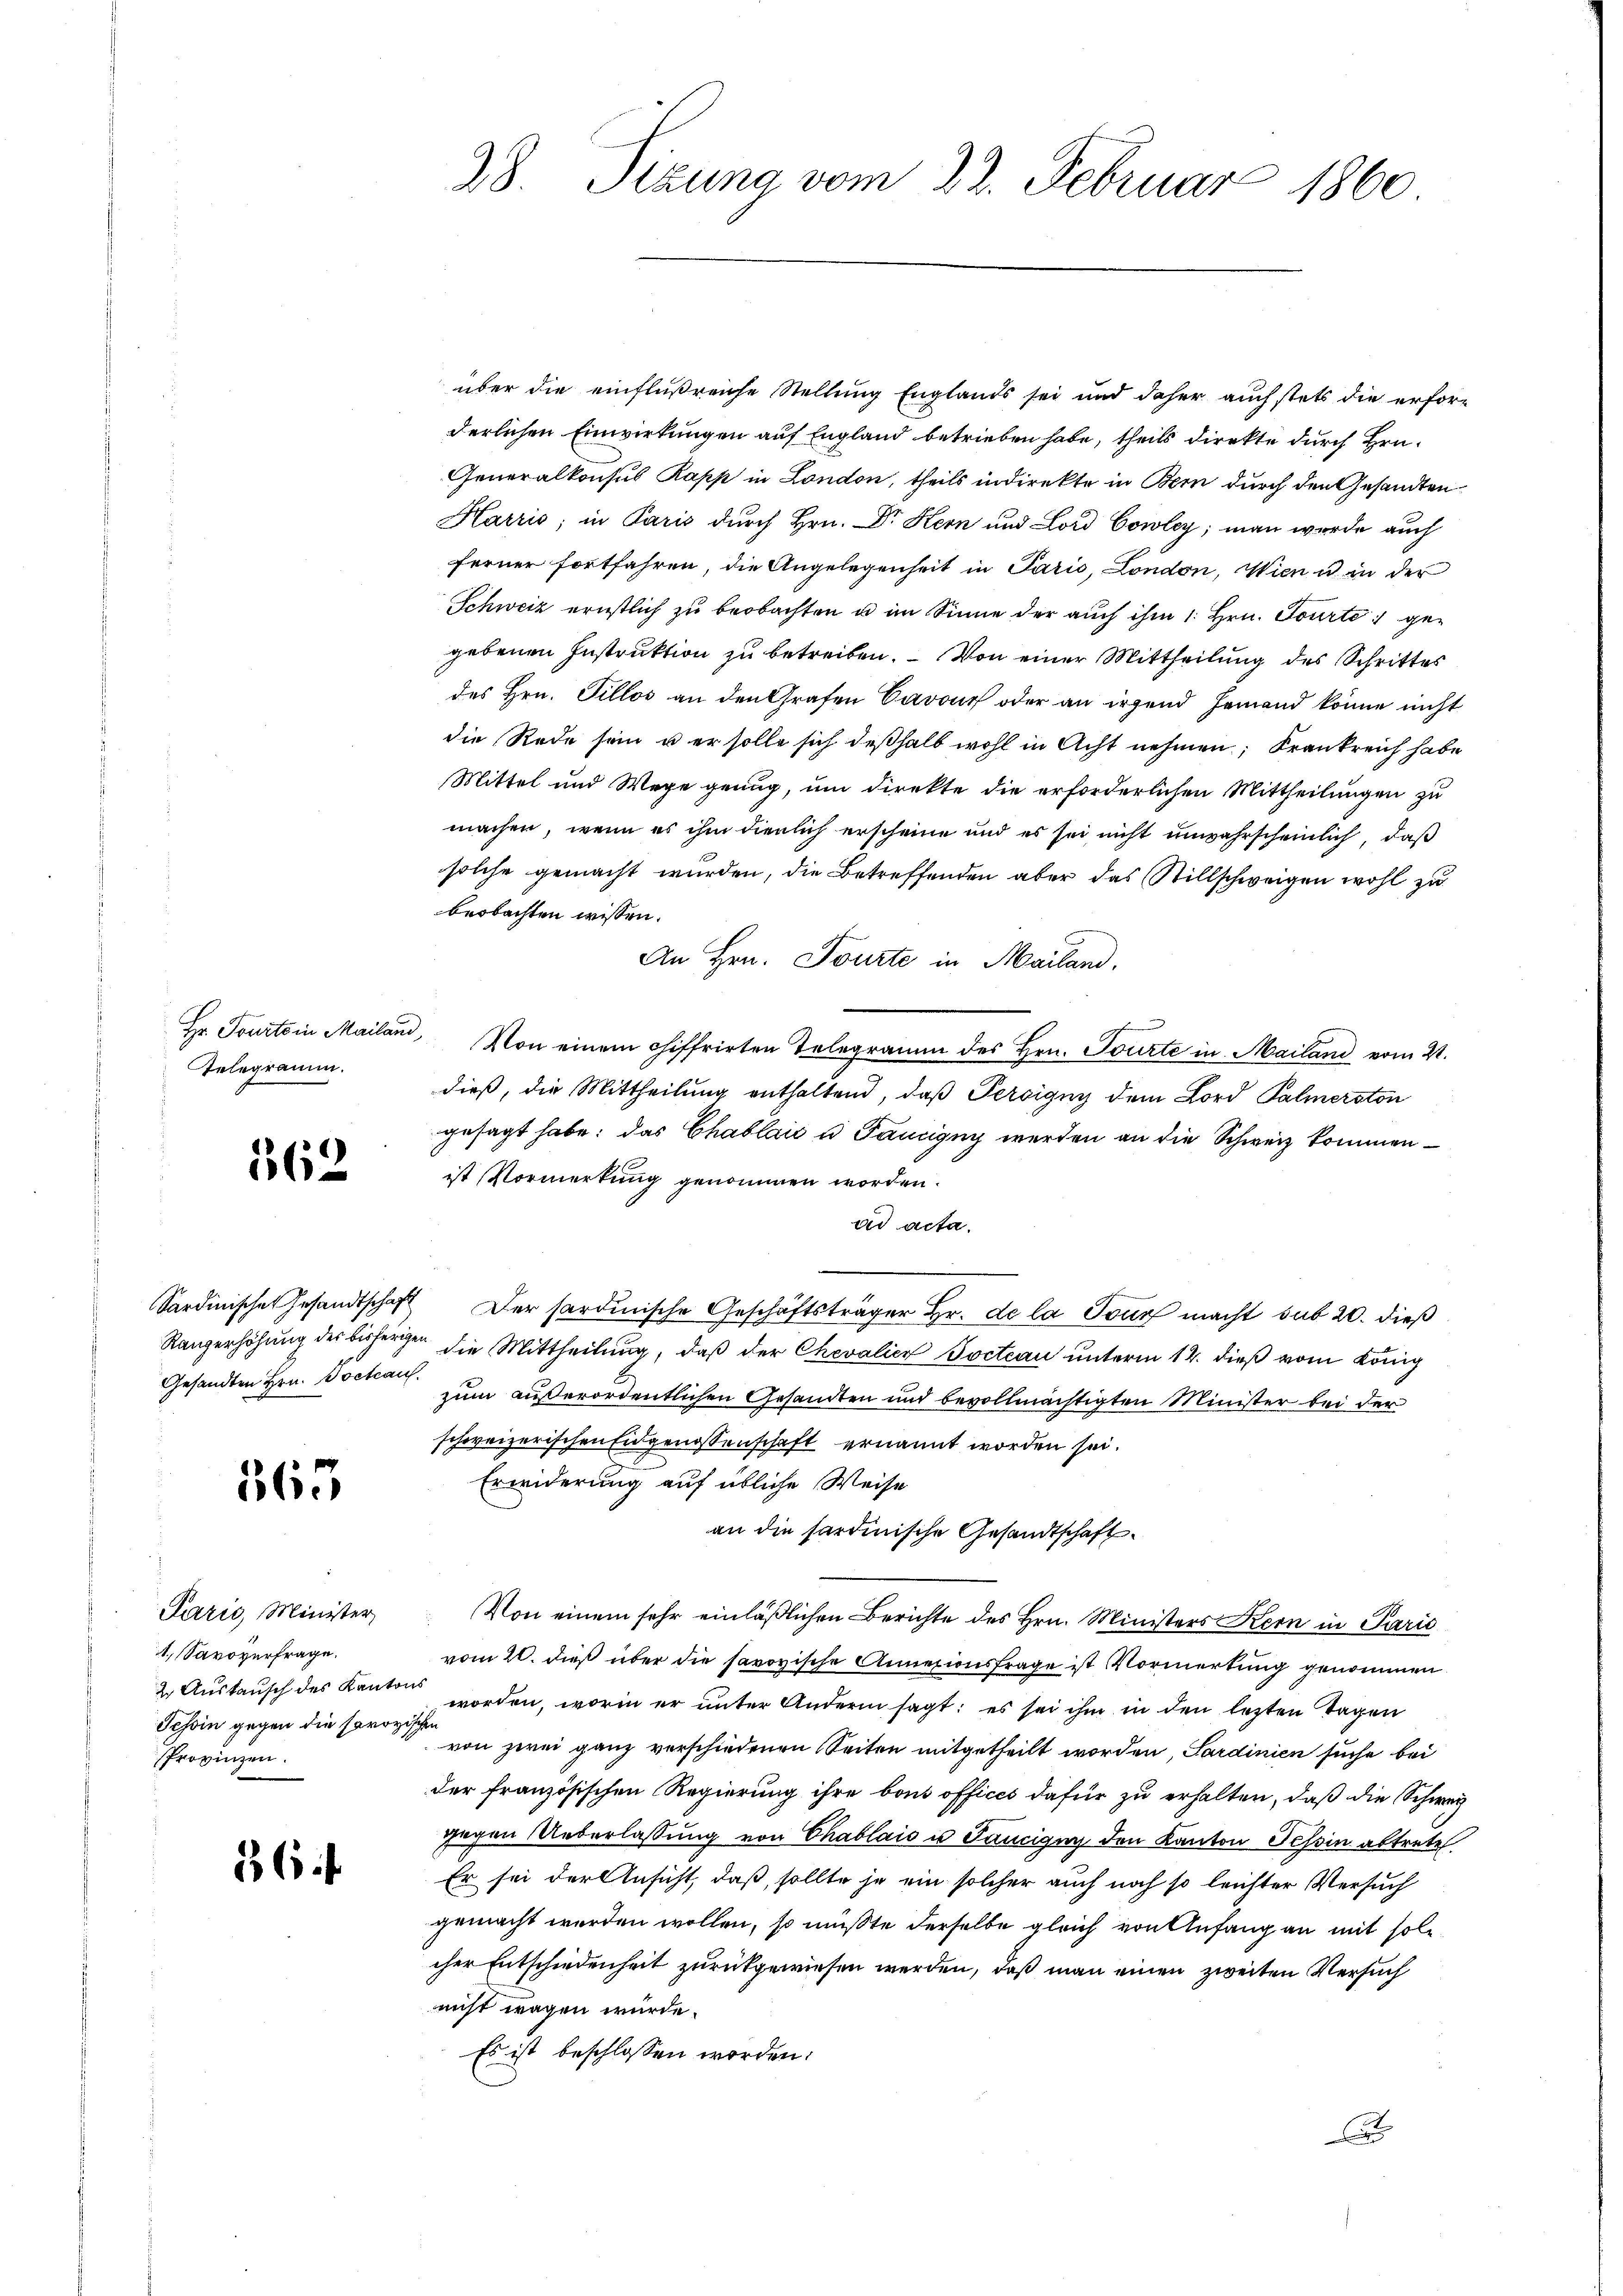
Hr. Tourte in Mailand
Telegramm.

562

Gesandten Hrn. Docteau.

565

Parić, Minister,
1 Savoverfrage.
2 Austausch des Kanton
Schin gegen die soror
Provinzen.

364

38. Sizung vom 22. Februar 1860

über die einflußreiche Stellung Englands sei und daher auch stets die erforderlichen Einwirkungen auf England betrieben habe, theils direkte durch Hrn.
Generalkonsus Papp in London, theils indirekte in Bern durch den Gesandten¬
Harris; in Paris durch Hrn. Dr Kern und Lord Cowley; man wurde auch
ferner fortfahren, die Angelegenheit in Paris, London, Wien u in der
Schweiz ernstlich zu beobachten u im Sinne der auch ihm 1. Hrn. Tourtei gegebenen Instruktion zu betreiben. – Von einer Mittheilung des Schrittes
des Hrn. Sillos an den Grafen Cavour oder an irgend Jemand könne nicht
die Rede sein u er solle sich deßhalb wohl in Acht nehmen, Krankreich habe
Mittel und Wege genug, um direkte die erforderlichen Mittheilungen zu
machen, wenn es ihm dienlich erscheine und es sei nicht unwahrscheinlich, daß
solche gemacht wurden, die Betreffenden aber das Stillschweigen wohl zu
beobachten wissen.
An Hrn. Tourte in Mailand.
. Von einem chiffrirten Telegramm des Hrn. Tourte in Mailand vom 21.
dieß, die Mittheilung enthaltend, daß Persigny dem Lord Palmerston
gesagt habe; das Chablaić u Faucigny werden an die Schweiz kommenist Vormerkung genommen worden.
ad acta.
Sardinische Gesandtschaft Der hardinische Geschäftsträger Hr. de la Tour macht sub 20. dieß
Rangerhöhung der bisherigen die Mittheilŭng, daβ der Chevalicz Jocteau unterm 12. dieß vom König
zum außerordentlichen Gesandten und bevollmächtigten Minister bei der
schweizerischen Eidgenossenschaft ernannt worden sei.
Erwiderung auf übliche Weise
an die sardinische Gesandtschaft
Von einem sehr einläßlichen Berichte des Hrn. Ministers Kern in Parić
vom 20. dieß über die savoyische Annexionsfrage ist Vormerkung genommen
s
worden, worin er unter Andern sagt: es sei ihm in den lezten Tagen
dchen
von zwei ganz verschiedenen Seiten mitgetheilt worden, Sardinien suche bei
der französischen Regierung ihre bout offices dafür zu erhalten, daß die Schwei
gegen Ueberlassung von Chablais u Pancigny den Kanton Tessin abtreten
Er sei der Ansicht, daß, sollte je ein solcher auch noch so leichter Versuch
gemacht werden wollen, so müßte derselbe gleich von Anfang an mit soll
cher Entschiedenheit zurückgewiesen werden, daß man einen zweiten Versuch
nicht wegen würde.
Es ist beschlossen worden:
3